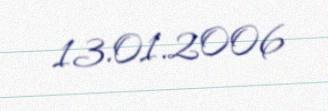
13.01.2006